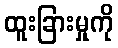
ထူးခြားမှုကို